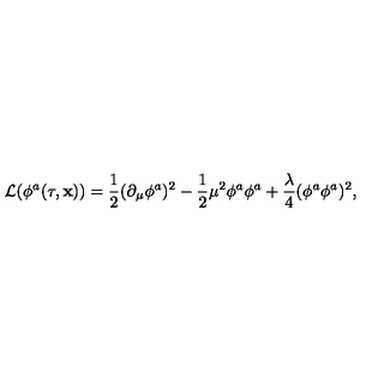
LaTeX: { \cal L } ( \phi ^ { a } ( \tau , { \bf x } ) ) = \frac { 1 } { 2 } ( \partial _ { \mu } \phi ^ { a } ) ^ { 2 } - \frac { 1 } { 2 } \mu ^ { 2 } \phi ^ { a } \phi ^ { a } + \frac { \lambda } { 4 } ( \phi ^ { a } \phi ^ { a } ) ^ { 2 } ,